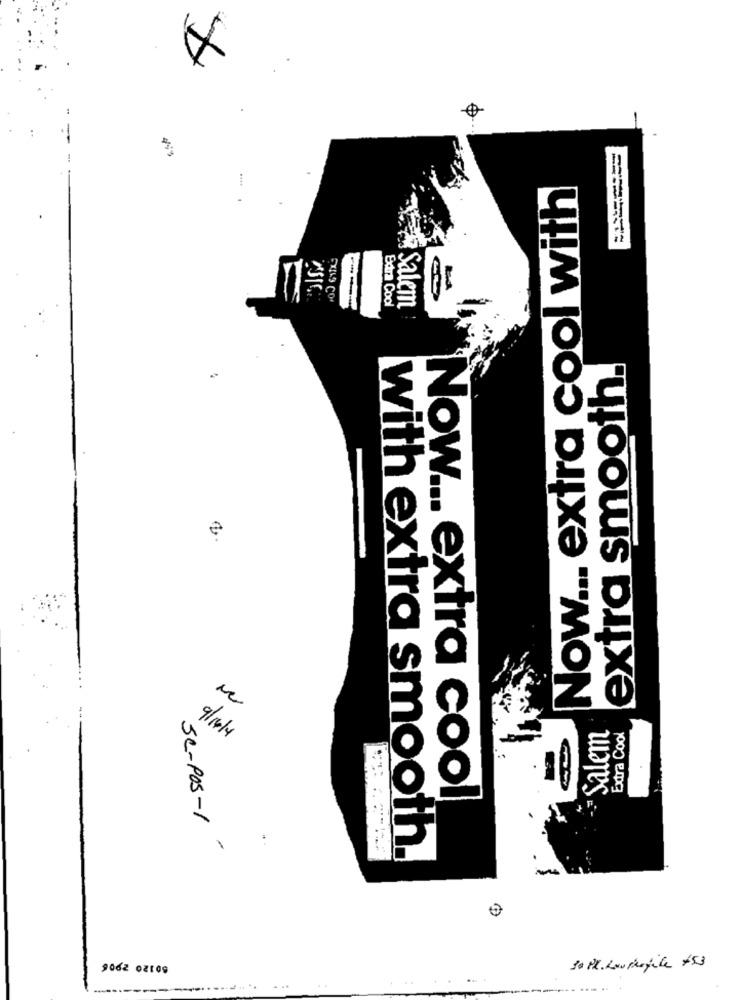
X
Now ... extra cool with
Extra Cool
---
Salem
extra smooth.
Salem
Extra Cool
9/14/4
Now ... extra cool
SC-POS-1
1
with extra smooth.
M
9062 02109
30 PX. Low profile +53